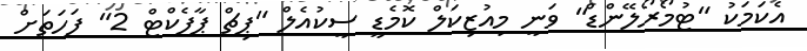
އެކަމަކު "ޓުމޯރޯލޭންޑް" ވަނީ މިއުޒިކަލް ކޮމެޑީ ސީކުއެލް "ޕިޗް ޕާފެކްޓް 2" ފަހަތަށް